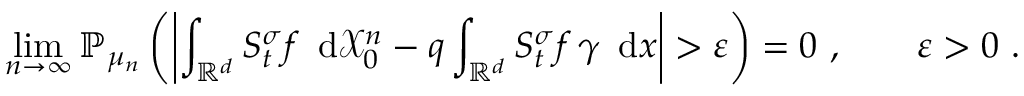
\operatorname* { l i m } _ { n \to \infty } { \mathbb P } _ { \mu _ { n } } \left( \left| \int _ { { \mathbb R } ^ { d } } S _ { t } ^ { \sigma } f \, \mathrm { \normalfont ~ d } \ensuremath { \mathcal X } _ { 0 } ^ { n } - q \int _ { { \mathbb R } ^ { d } } S _ { t } ^ { \sigma } f \, \gamma \, \mathrm { \normalfont ~ d } x \right| > \varepsilon \right) = 0 \ , \qquad \varepsilon > 0 \ .